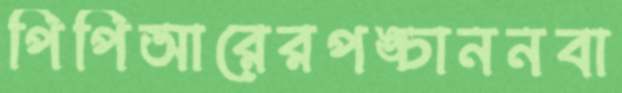
পিপিআরেরপঙ্চাননবা